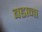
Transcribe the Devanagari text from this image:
बडाना